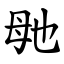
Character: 毑